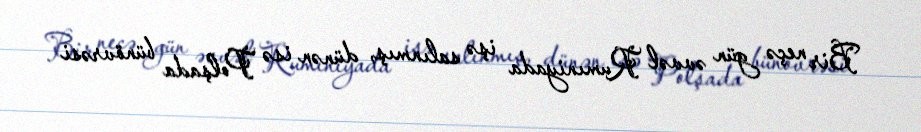
Bir neçə gün əvvəl Rumıniyada işə salınmış, dünən isə Polşada bünövrəsi